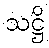
သဋ္ဌိ